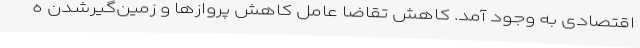
اقتصادی به وجود آمد. کاهش تقاضا عامل کاهش پروازها و زمین‌گیرشدن ه